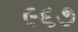
૯૬૭